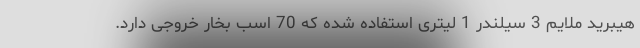
هیبرید ملایم 3 سیلندر 1 لیتری استفاده شده که 70 اسب بخار خروجی دارد.